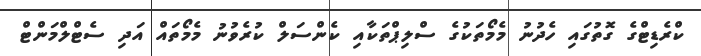
ކްރެޑިޓްގެ ގޮތުގައި ހެދުނު މެމޯތަކުގެ ސްލިޕްތަކާއި ކެންސަލް ކުރެވުނު މެމޯތައް އަދި ސެޓްލްމަންޓް